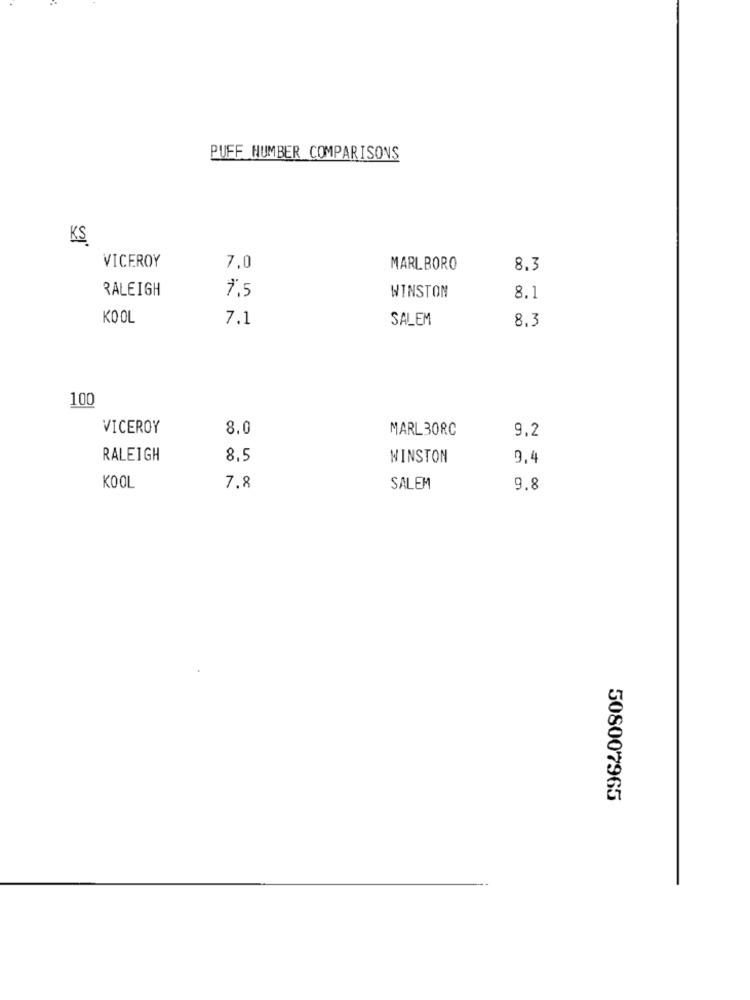
PUFF HUMBER COMPARISONS
KS
VICEROY
7,0
MARLBORO
8.3
RALEIGH
7.5
WINSTON
8.1
KOOL
7.1
SALEM
8.3
100
VICEROY
8.0
MARL30RC
9,2
RALEIGH
8,5
WINSTON
9,4
KOOL
7.8
SALEM
9.8
508007965